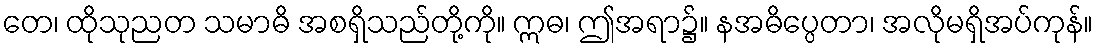
တေ၊ ထိုသုညတ သမာဓိ အစရှိသည်တို့ကို။ ဣဓ၊ ဤအရာ၌။ နအဓိပ္ပေတာ၊ အလိုမရှိအပ်ကုန်။